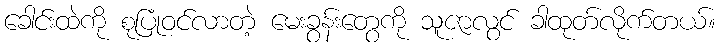
ခေါင်းထဲကို စုပြုံဝင်လာတဲ့ မေးခွန်းတွေကို သူဇာလွင် ခါထုတ်လိုက်တယ်။